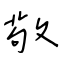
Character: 敬